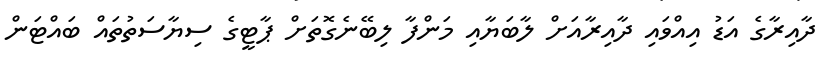
ދާއިރާގެ އަޑު އިއްވައި ދާއިރާއަށް ލާބަޔާއި މަންފާ ލިބޭނެގޮތަށް ޕާޓީގެ ސިޔާސަތުތައް ބައްޓަން